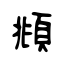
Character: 頫